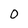
Character: 0